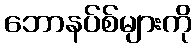
ဘောနပ်စ်များကို